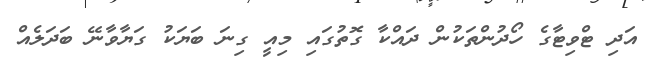
އަދި ޓްވިޓާގެ ހޯދުންތަކުން ދައްކާ ގޮތުގައި މިއީ ގިނަ ބަޔަކު ގަޔާވާނޭ ބަދަލެއް